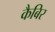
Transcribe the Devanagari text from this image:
कैबिर